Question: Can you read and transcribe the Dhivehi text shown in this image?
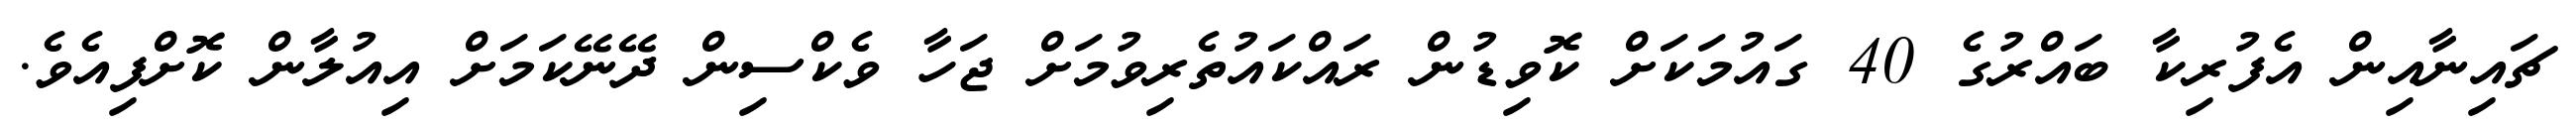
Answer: ޗައިނާއިން އެފުރިކާ ބައްރުގެ 40 ގައުމަކަށް ކޮވިޑުން ރައްކައުތެރިވުމަށް ޖަހާ ވެކްސިން ދޭނޭކަމަށް އިއުލާން ކޮށްފިއެވެ.